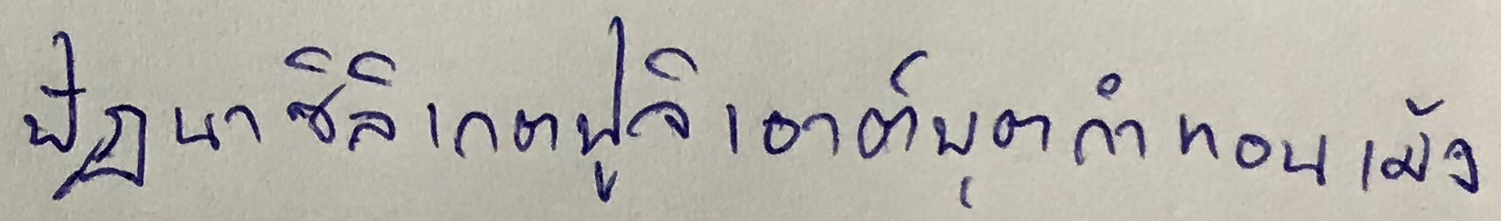
ปัฏนาซิลิเกตฟูจิเอาต์พุทกำทอน เม้ง